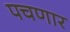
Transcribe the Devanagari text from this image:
पचणार